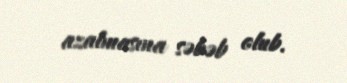
azalmasına səbəb olub.